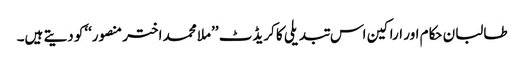
طالبان حکام اور اراکین اس تبدیلی کا کریڈٹ ’’ملا محمد اختر منصور‘‘کو دیتے ہیں۔